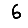
Digit: 6